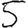
Digit: 5